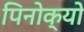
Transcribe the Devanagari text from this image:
पिनोक्यो